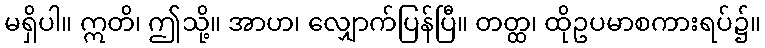
မရှိပါ။ ဣတိ၊ ဤသို့။ အာဟ၊ လျှောက်ပြန်ပြီ။ တတ္ထ၊ ထိုဥပမာစကားရပ်၌။